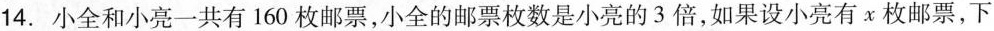
14.小全和小亮一共有160枚邮票，小全的邮票枚数是小亮的3倍，如果设小亮有x枚邮票，下